Calcutta medical institutions reports 1879-81 [i.e.91]
Year: 1879
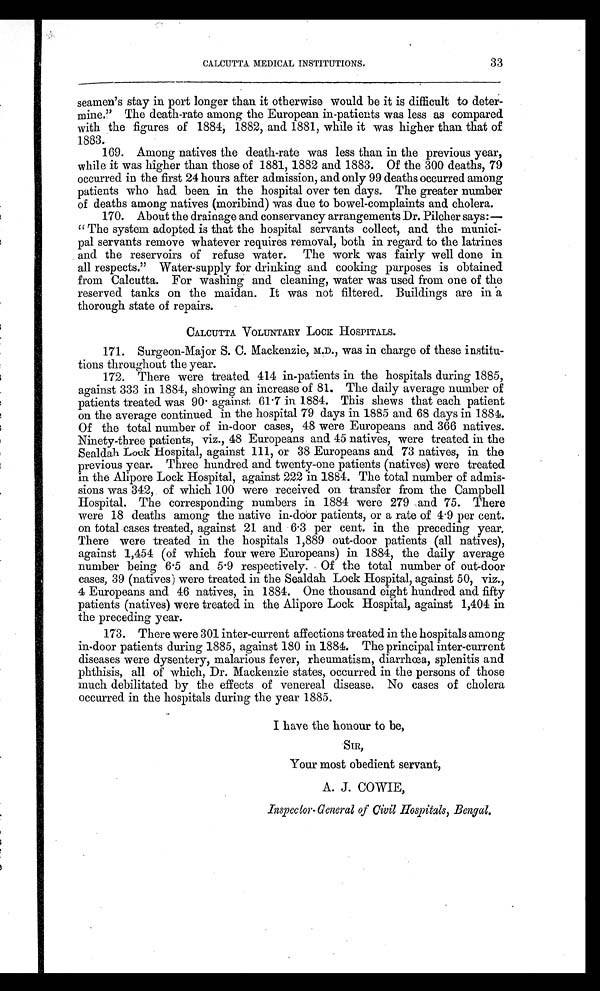
CALCUTTA MEDICAL INSTITUTIONS.
33
seamen's stay in port longer than it otherwise would be it is difficult to deter-
mine." The death-rate among the European in-patients was less as compared
with the figures of 1884, 1882, and 1881, while it was higher than that of
1883.
169. Among natives the death-rate was less than in the previous year,
while it was higher than those of 1881, 1882 and 1883. Of the 300 deaths, 79
occurred in the first 24 hours after admission, and only 99 deaths occurred among
patients who had been in the hospital over ten days. The greater number
of deaths among natives (moribind) was due to bowel-complaints and cholera.
170. About the drainage and conservancy arrangements Dr. Pilcher says:—
"The system adopted is that the hospital servants collect, and the munici-
pal servants remove whatever requires removal, both in regard to the latrines
and the reservoirs of refuse water. The work was fairly well done in
all respects." Water-supply for drinking and cooking purposes is obtained
from Calcutta. For washing and cleaning, water was used from one of the
reserved tanks on the maidan. It was not filtered. Buildings are in a
thorough state of repairs.
CALCUTTA VOLUNTARY LOCK HOSPITALS.
171. Surgeon-Major S. C. Mackenzie, M.D., was in charge of these institu--
tions throughout the year.
172. There were treated 414 in-patients in the hospitals during 1885,
against 333 in 1884, showing an increase of 81. The daily average number of
patients treated was 90. against 61.7 in 1884. This shews that each patient
on the average continued in the hospital 79 days in 1885 and 68 days in 1884.
Of the total number of in-door cases, 48 were Europeans and 366 natives.
Ninety-three patients, viz., 48 Europeans and 45 natives, were treated in the
Sealdah Lock Hospital, against 111, or 38 Europeans and 73 natives, in the
previous year. Three hundred and twenty-one patients (natives) were treated
in the Alipore Lock Hospital, against 222 in 1884. The total number of admis--
sions was 342, of which 100 were received on transfer from the Campbell
Hospital. The corresponding numbers in 1884 were 279 and 75. There
were 18 deaths among the native in-door patients, or a rate of 4.9 per cent.
on total cases treated, against 21 and 6.3 per cent. in the preceding year.
There were treated in the hospitals 1,889 out-door patients (all natives),
against 1,454 (of which four were Europeans) in 1884, the daily average
number being 6.5 and 5.9 respectively. Of the total number of out-door
cases, 39 (natives) were treated in the Sealdah Lock Hospital, against 50, viz.,
4 Europeans and 46 natives, in 1884. One thousand eight hundred and fifty
patients (natives) were treated in the Alipore Lock Hospital, against 1,404 in
the preceding year.
173. There were 301 inter-current affections treated in the hospitals among
in-door patients during 1885, against 180 in 1884. The principal inter-current
diseases were dysentery, malarious fever, rheumatism, diarrhœa, splenitis and
phthisis, all of which, Dr. Mackenzie states, occurred in the persons of those
much debilitated by the effects of venereal disease. No cases of cholera
occurred in the hospitals during the year 1885.
I have the honour to be,
SIR,
Your most obedient servant,
A. J. COWIE,
Inspector- General of Civil Hospitals, Bengal.